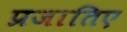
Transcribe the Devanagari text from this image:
प्रजातिए